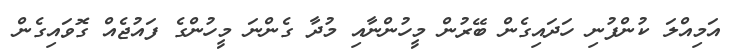
އަމިއްލަ ކުންފުނި ހަދައިގެން ބޭރުން މީހުންނާއި މުދާ ގެންނަ މީހުންގެ ފައުޖެއް ގޮވައިގެން